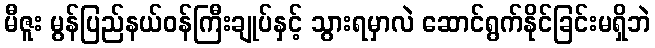
မီဇူး မွန်ပြည်နယ်ဝန်ကြီးချုပ်နှင့် သွားရမှာလဲ ဆောင်ရွက်နိုင်ခြင်းမရှိဘဲ